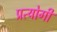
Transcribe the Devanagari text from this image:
प्रत्योगी